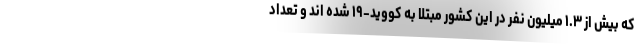
که بیش از ۱.۳ میلیون نفر در این کشور مبتلا به کووید-۱۹ شده اند و تعداد